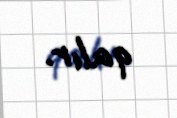
qalır.